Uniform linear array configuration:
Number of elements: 16
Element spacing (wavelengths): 1
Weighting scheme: binomial
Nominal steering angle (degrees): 45
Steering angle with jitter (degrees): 44.464
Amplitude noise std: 0.05
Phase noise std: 0.05

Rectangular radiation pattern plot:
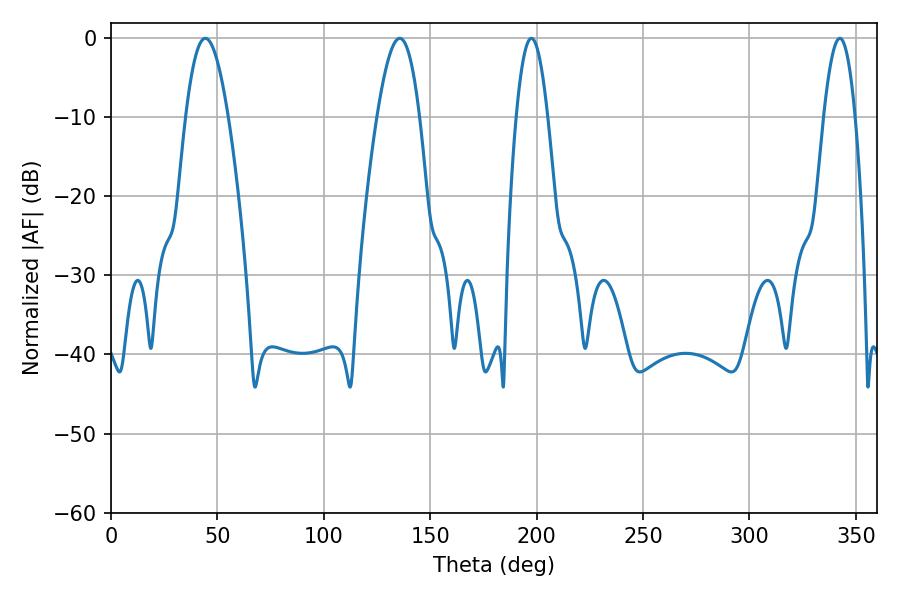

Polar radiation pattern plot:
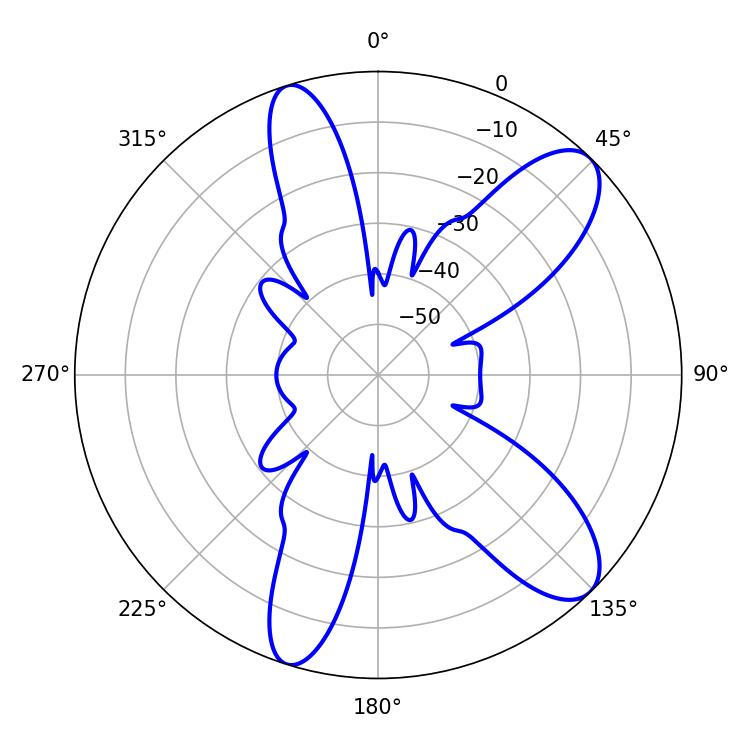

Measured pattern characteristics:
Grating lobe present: TRUE
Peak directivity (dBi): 10.113
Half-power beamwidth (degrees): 10.98
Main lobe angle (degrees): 44.28